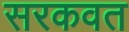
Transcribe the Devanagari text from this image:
सरकवत